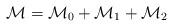
LaTeX: \begin{align*}{\cal M} = {\cal M}_{0} + {\cal M}_{1} + {\cal M}_{2} \end{align*}